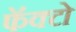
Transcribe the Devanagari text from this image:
फॅक्टो